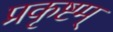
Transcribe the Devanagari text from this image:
प्रकृष्टम्